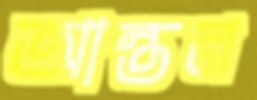
আন্তন